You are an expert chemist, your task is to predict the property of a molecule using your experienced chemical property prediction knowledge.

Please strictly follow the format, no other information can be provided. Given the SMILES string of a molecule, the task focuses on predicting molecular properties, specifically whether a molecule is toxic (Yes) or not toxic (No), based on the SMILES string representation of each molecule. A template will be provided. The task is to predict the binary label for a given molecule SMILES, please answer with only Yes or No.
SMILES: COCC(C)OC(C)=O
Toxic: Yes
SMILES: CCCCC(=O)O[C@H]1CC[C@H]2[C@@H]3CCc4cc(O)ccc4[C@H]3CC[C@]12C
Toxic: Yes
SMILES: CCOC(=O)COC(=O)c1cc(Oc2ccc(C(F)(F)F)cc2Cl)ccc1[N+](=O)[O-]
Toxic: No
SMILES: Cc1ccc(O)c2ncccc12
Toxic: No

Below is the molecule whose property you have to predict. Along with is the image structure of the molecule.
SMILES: CC(=NC#N)N(C)Cc1ccc(Cl)nc1
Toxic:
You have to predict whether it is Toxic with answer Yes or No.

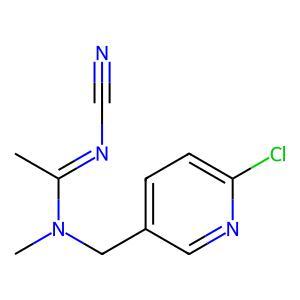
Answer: No